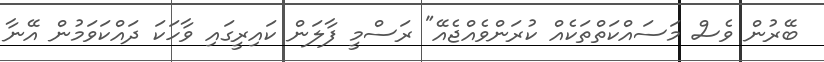
ބޭރުން ވެސް މަސައްކަތްތަކެއް ކުރަންވެއްޖެއޭ" ރަސްމީ ފާލަން ކައިރީގައި ވާހަކަ ދައްކަވަމުން އޭނާ